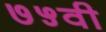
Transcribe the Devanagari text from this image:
७५वी